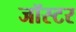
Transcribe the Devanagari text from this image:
जॉस्टर